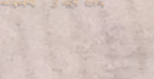
توصيل طلبات الطعام من أفض